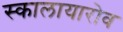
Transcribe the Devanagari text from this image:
स्कालायारोव